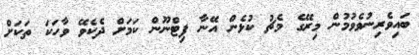
ބައިވެރިނުވެވުމުން މިރޭގެ މެޗު ކުޅެން އޭނާ ފިޓްނޫން ކަމަށް ދެކެވޭ ވާހަކަ ތަކަށް